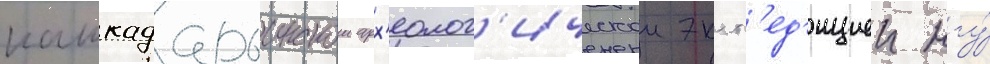
кашкадарьинскои арх'еолог'ическои эксп'ед'ициеи нгу́